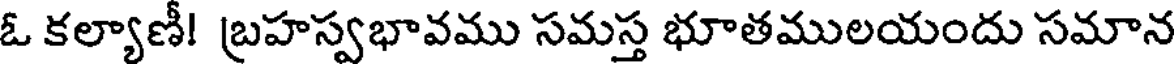
ఓ కల్యాణీ! బ్రహస్వభావము సమస్త భూతములయందు సమాన